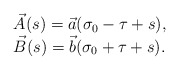
\begin{align*}\begin{array}{l}\vec{A}(s) = \vec{a}(\sigma_{0}-\tau+s),\\\vec{B}(s) = \vec{b}(\sigma_{0}+\tau+s).\end{array}\end{align*}